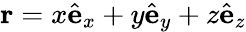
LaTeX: {\mathbf r}=x{\hat{\mathbf e}}_{x}+y{\hat{\mathbf e}}_{y}+z{\hat{\mathbf e}}_{z}